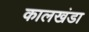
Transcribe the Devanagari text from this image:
कालखंडा